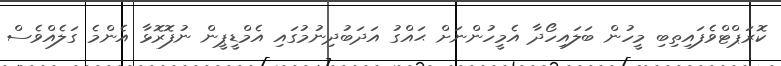
ކޮރަޕްޓްވެފައިތިބި މީހުން ބަލައިހޯދާ އެމީހުންނަށް ޙައްގު އަދަބުދިނުމުގައި އެމްޑީޕީން ނުފޮރޮޅާ އެންމެ ގަލެއްވެސް